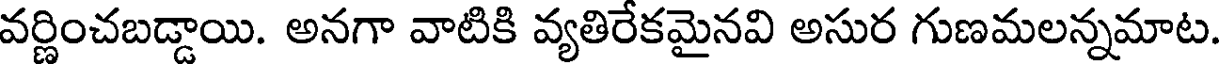
వర్ణించబడ్డాయి. అనగా వాటికి వ్యతిరేకమైనవి అసుర గుణమలన్నమాట.